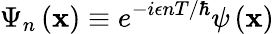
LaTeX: \Psi_{n}\left(\mathbf{x}\right)\equiv e^{-i\epsilon nT/\hbar}\psi\left(\mathbf{x}\right)